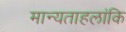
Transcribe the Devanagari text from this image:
मान्यताहलांकि